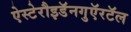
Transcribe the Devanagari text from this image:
ऐस्टेरौइडॅनगुऍरटॅल